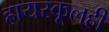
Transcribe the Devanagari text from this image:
हायस्कूलही